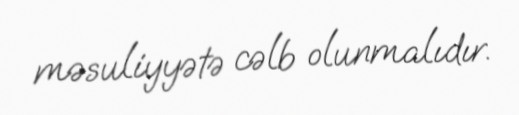
məsuliyyətə cəlb olunmalıdır.